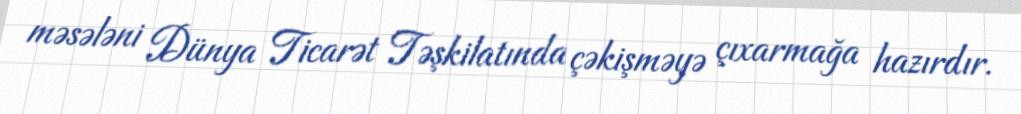
məsələni Dünya Ticarət Təşkilatında çəkişməyə çıxarmağa hazırdır.